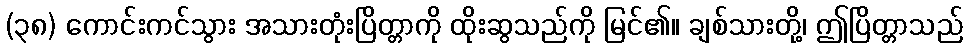
(၃၈) ကောင်းကင်သွား အသားတုံးပြိတ္တာကို ထိုးဆွသည်ကို မြင်၏။ ချစ်သားတို့၊ ဤပြိတ္တာသည်